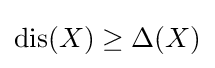
\mathrm {dis} (X)\geq \Delta (X)